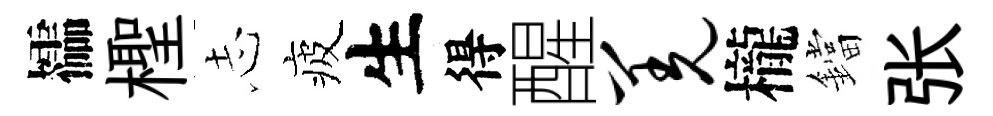
櫺檉𢖽疲生得醒羌櫳鐺张